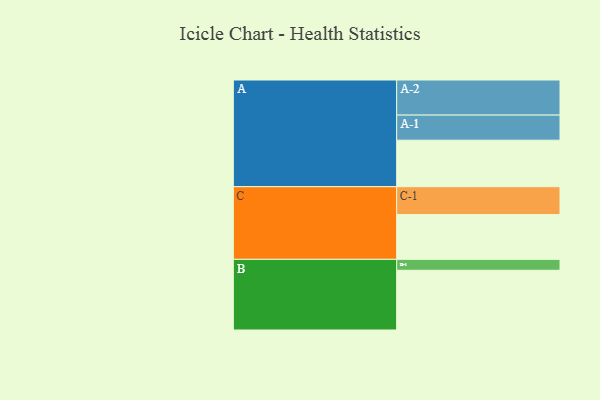
{"axis": {"x": "Segment", "y": "Value"}, "legend": ["", "A", "B", "C"], "data": [{"x": "A", "y": 395, "type": ""}, {"x": "B", "y": 507, "type": ""}, {"x": "C", "y": 380, "type": ""}, {"x": "A-1", "y": 213, "type": "A"}, {"x": "A-2", "y": 298, "type": "A"}, {"x": "B-1", "y": 93, "type": "B"}, {"x": "C-1", "y": 237, "type": "C"}]}